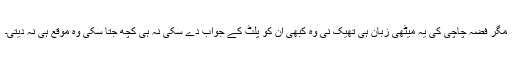
مگر فضہ چاچی کی یہ میٹھی زبان ہی تھیک نی وہ کبھی ان کو پلٹ کے جواب دے سکی نہ ہی کچھ جتا سکی وہ موقع ہی نہ دیتی۔